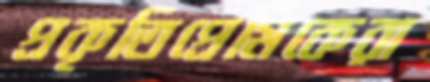
প্রকৃতিপ্রেমিকেরা